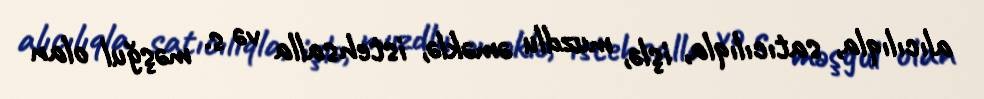
alıcılıqla, satıcılıqla, işlə, muzdlu əməklə, istehsalla və s. məşğul olan